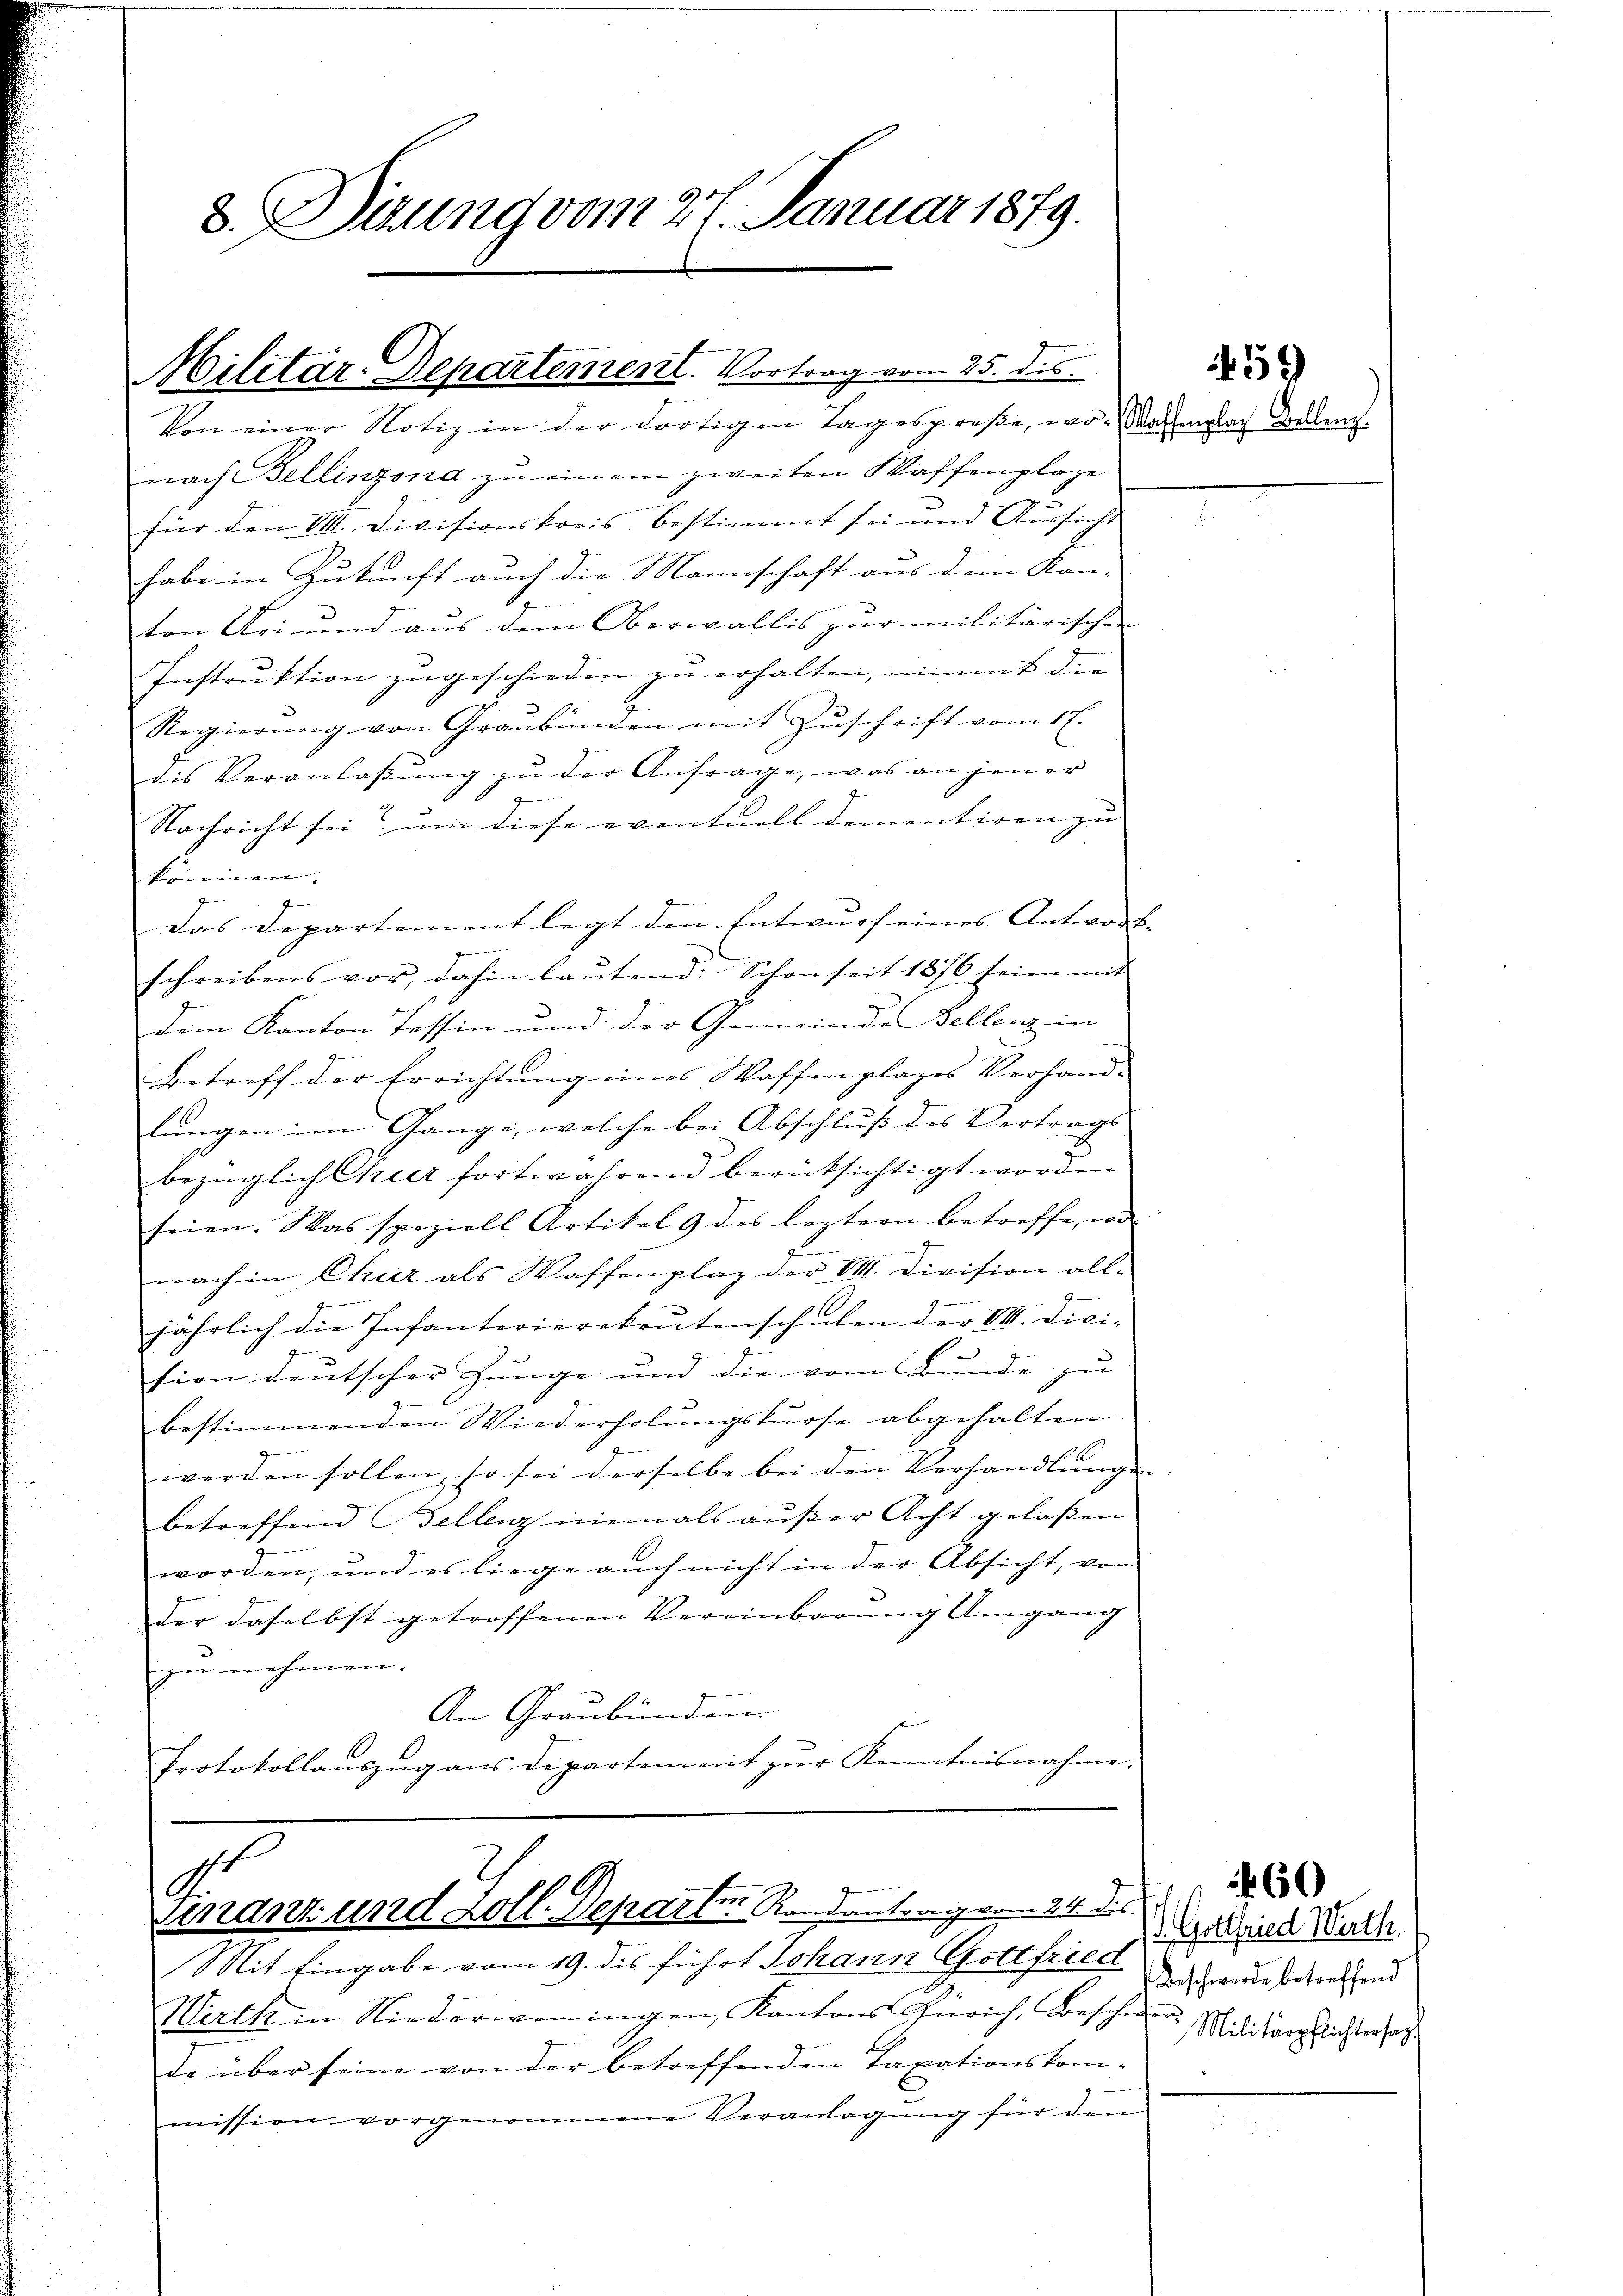
8. Dirung vom 27. Januar 1879.

Von einer Notiz in der dortigen Tagespreße, wo- Wassenbach Zellenz.
nach Bellinzona zu einem zweiten Waffenplage
für den 31. Divisionskreis bestimmt sei und Aussicht
habe in Zukunft auch die Mannschaft aus dem Kan-
ton Uri und aus dem Oberwallis zur militärischen
Instruktion zugeschieden zu erhalten, nimmt die |
Regierŭng von Graubünden mit Zuschrift vom 17.
dis Veranlassung zu der Anfrage, was an jener
Nachricht sei? um diese eventuell dementiren zu
können.
Das Departement legt den Entwurf eines Antwort- |

schreibens vor, dahin lautend: Schon seit 1876 seien mit
dem Kanton Tessin und der Gemeinde Beller in
Betreff der Errichtung eines Waffenplages Verhand-
lungen im Gange, welche bei Abschluß des Vertrags
bezüglich Chier fortwährend berücksichtigt worden
seien. Was speziell Artikel & des leztern betreffe, wo
nach in Chur als Waffenplaz der VII. Division all-
jährlich die Infanterierekrutenschalen der VII. Dici-
e
sion deutscher Junge und die vom Bunde zu
bestimmenden Wiederholungskurse abgehalten
werden sollen, so sei derselbe bei den Verhandlungen
betreffend Sellenz niemals aŭβer Acht gelaßen
worden, und es liege auch nicht in der Absicht, von
der daselbst getroffenen Vereinbarung Umgang
zu nehmen.
An Graubünden.
x
Protokollauszug ans Departement zŭr Kenntnisnahme.

Militär-Departement. Vortrag vom 25. des

G.
Finanz und Zoll-Departen Randantrag vom 24. des

Mit Eingabe vom 19. des führt Johann Gottfried
Werth in Niederweningen, Kantons Gerich, Beschen Militärpflichtersatz
de über seine von der betreffenden Taxationskom-
mission vorgenommene Veranlagung für den

459

S. Gottfried Wirth
Beschwerde betreffend

460